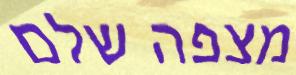
מצפה שלם